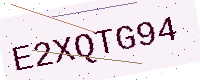
Text: E2XQTG94